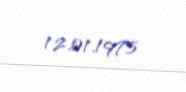
12.01.1975